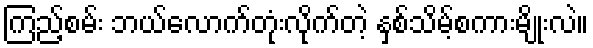
ကြည့်စမ်း ဘယ်လောက်တုံးလိုက်တဲ့ နှစ်သိမ့်စကားမျိုးလဲ။